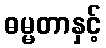
ဓမ္မတာနှင့်